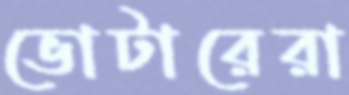
ভোটারেরা